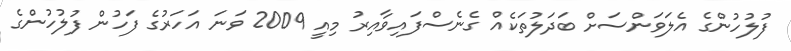
ފުލުހުންގެ އެލަވަންސަށް ބަދަލުތަކެއް ގެނެސްފައިވާއިރު މިއީ 2009 ވަނަ އަހަރުގެ ފަހުން ފުލުހުންގެ